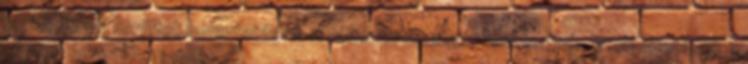
tartalommal kerültek bemutatásra. A változtatás jogát fenntartjuk. Szolgáltatások A